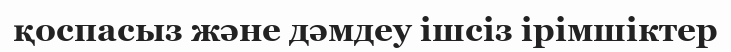
қоспасыз және дәмдеу ішсіз ірімшіктер